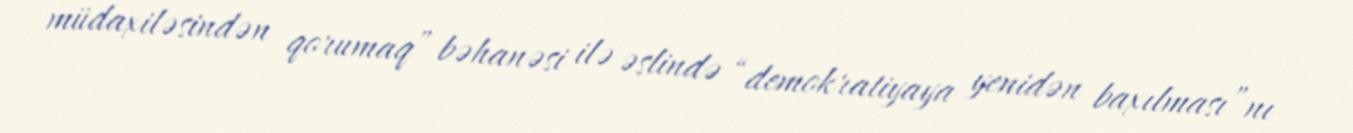
müdaxiləsindən qorumaq” bəhanəsi ilə əslində “demokratiyaya yenidən baxılması”nı